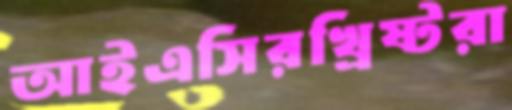
আইএসিরখ্রিষ্টরা